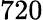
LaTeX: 720